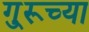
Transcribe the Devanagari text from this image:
गु्रूच्या